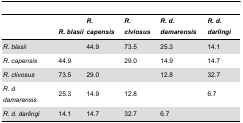
|  | R. blasii | R. capensis | R. clviosus | R. d. damarensis | R. d. darlingi |
 | --- | --- | --- | --- | --- | --- |
 | R. blasii |  | 44.9 | 73.5 | 25.3 | 14.1 |
 | R. capensis | 44.9 |  | 29.0 | 14.9 | 14.7 |
 | R. clivosus | 73.5 | 29.0 |  | 12.8 | 32.7 |
 | R. d. damarensis | 25.3 | 14.9 | 12.8 |  | 6.7 |
 | R. d. darlingi | 14.1 | 14.7 | 32.7 | 6.7 |  |